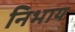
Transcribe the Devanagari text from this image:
निभाय